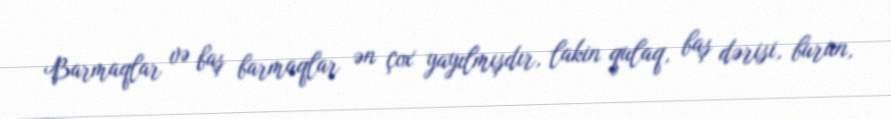
Barmaqlar və baş barmaqlar ən çox yayılmışdır, lakin qulaq, baş dərisi, burun,